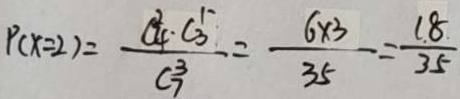
P ( x = 2 ) = \frac { C _ { 4 } ^ { 2 } \cdot C _ { 3 } ^ { 1 - } } { C _ { 7 } ^ { 3 } } = \frac { 6 \times 3 } { 3 5 } = \frac { 1 . 8 . } { 3 5 }